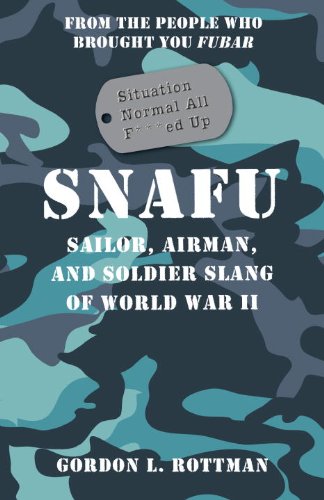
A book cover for SNAFU Situation Normal All F***ed Up: Sailor, Airman and Soldier Slang of World War II (General Military); Gordon Rottman; Reference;